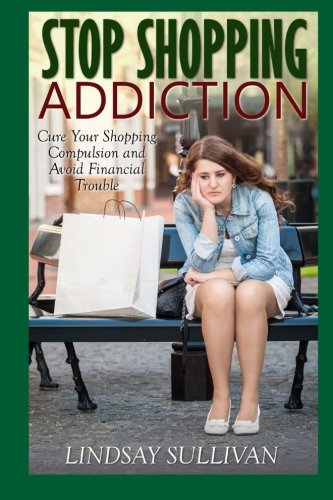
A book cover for Stop Shopping Addiction: Cure Your Shopping Compulsion and Avoid Financial Trouble; Lindsay Sullivan; Health, Fitness & Dieting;